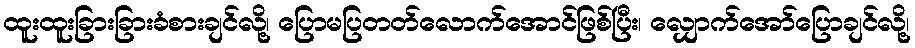
ထူးထူးခြားခြားခံစားချင်လို့၊ ပြောမပြတတ်လောက်အောင်ဖြစ်ပြီး၊ လျှောက်အော်ပြောချင်လို့၊